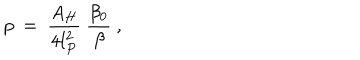
LaTeX: p ~ = ~ { \frac { A _ { H } } { 4 l _ { P } ^ { 2 } } } ~ { \frac { \beta _ { 0 } } { \beta } } ~ ,